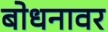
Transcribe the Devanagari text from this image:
बोधनावर